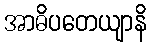
အာဓိပတေယျာနိ